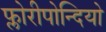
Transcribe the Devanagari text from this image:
फ्लोरीपोन्दियो